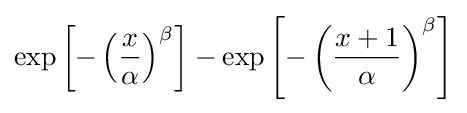
\exp \left[-\left({\frac {x}{\alpha }}\right)^{\beta }\right]-\exp \left[-\left({\frac {x+1}{\alpha }}\right)^{\beta }\right]